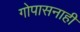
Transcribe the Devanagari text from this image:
गोपासनाही